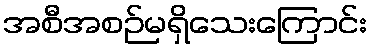
အစီအစဉ်မရှိသေးကြောင်း